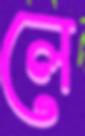
লে